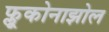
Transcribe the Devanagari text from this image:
फ्लूकोनाझोल